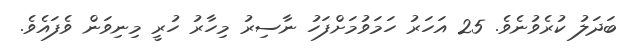
ބަދަލު ކުރެވުނެވެ. 25 އަހަރު ހަމަވުމަށްފަހު ނާސިރު މިހާރު ހުރީ މިނިވަން ވެފައެވެ.